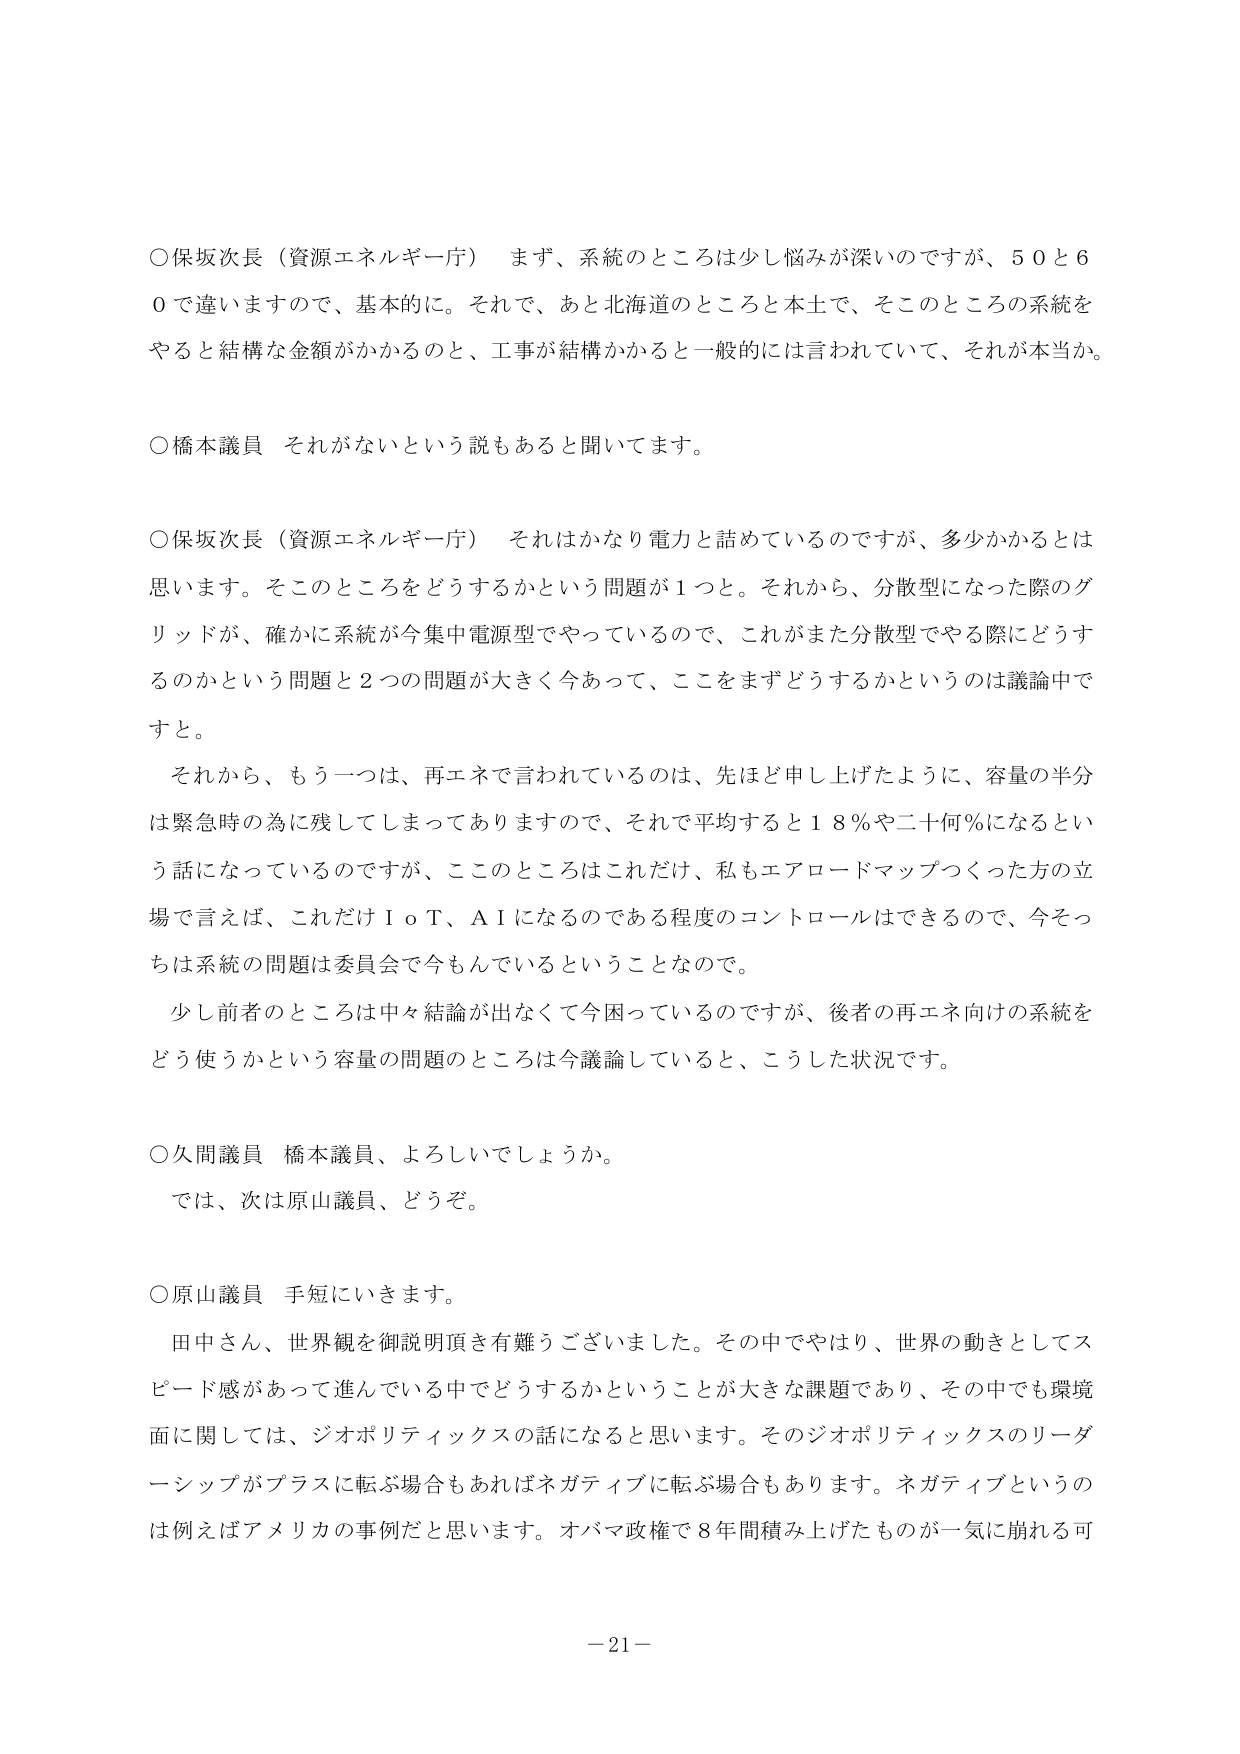
○保坂次長（資源エネルギー庁） まず、系統のところは少し悩みが深いのですが、５０と６０で違いますので、基本的に。それで、あと北海道のところと本土で、そこのところの系統をやると結構な金額がかかるのと、工事が結構かかると一般的には言われていて、それが本当か。

○橋本議員 それがないという説もあると聞いてます。

○保坂次長（資源エネルギー庁） それはかなり電力と詰めているのですが、多少かかるとは思います。そこのところをどうするかという問題が１つと。それから、分散型になった際のグリッドが、確かに系統が今集中電源型でやっているので、これがまた分散型でやる際にどうするのかという問題と２つの問題が大きく今あって、ここをまずどうするかというのは議論中ですと。

　それから、もう一つは、再エネで言われているのは、先ほど申し上げたように、容量の半分は緊急時の為に残してしまってありますので、それで平均すると１８％や二十何％になるという話になっているのですが、ここのところはこれだけ、私もエアロードマップつくった方の立場で言えば、これだけＩｏＴ、ＡＩになるのである程度のコントロールはできるので、今そっちは系統の問題は委員会で今もんでいるということなので。

　少し前者のところは中々結論が出なくて今困っているのですが、後者の再エネ向けの系統をどう使うかという容量の問題のところは今議論していると、こうした状況です。

○久間議員 橋本議員、よろしいでしょうか。

　では、次は原山議員、どうぞ。

○原山議員 手短にいきます。

　田中さん、世界観を御説明頂き有難うございました。その中でやはり、世界の動きとしてスピード感があって進んでいる中でどうするかということが大きな課題であり、その中でも環境面に関しては、ジオポリティックスの話になると思います。そのジオポリティックスのリーダーシップがプラスに転ぶ場合もあればネガティブに転ぶ場合もあります。ネガティブというのは例えばアメリカの事例だと思います。オバマ政権で８年間積み上げたものが一気に崩れる可

－21－